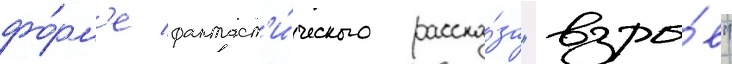
фо́рм'е фантаст'и́ческого расска́за "взры́в"